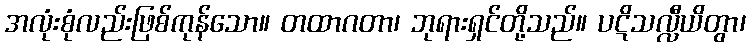
အလုံးစုံလည်းဖြစ်ကုန်သော။ တထာဂတာ၊ ဘုရားရှင်တို့သည်။ ပဋိသလ္လီယိတွာ၊